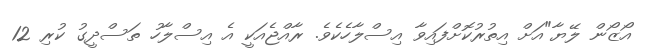
އޯޒޯން ލޭޔާ"އަށް އިތުރުކޮށްފައިވާ އިސްލާހެކެވެ. ރާއްޖެއަކީ އެ އިސްލާހު ތަސްދީގު ކުރި 12